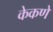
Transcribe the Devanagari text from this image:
केकणे